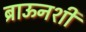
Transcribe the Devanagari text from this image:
ब्राऊनशी